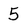
Character: 5